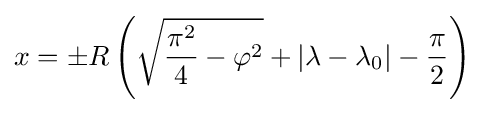
x=\pm R\left({\sqrt {{\frac {\pi ^{2}}{4}}-\varphi ^{2}}}+\left|\lambda -\lambda _{0}\right|-{\frac {\pi }{2}}\right)